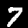
Label: 7